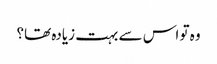
وہ تو اس سے بہت زیادہ تھا؟